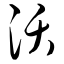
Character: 沃